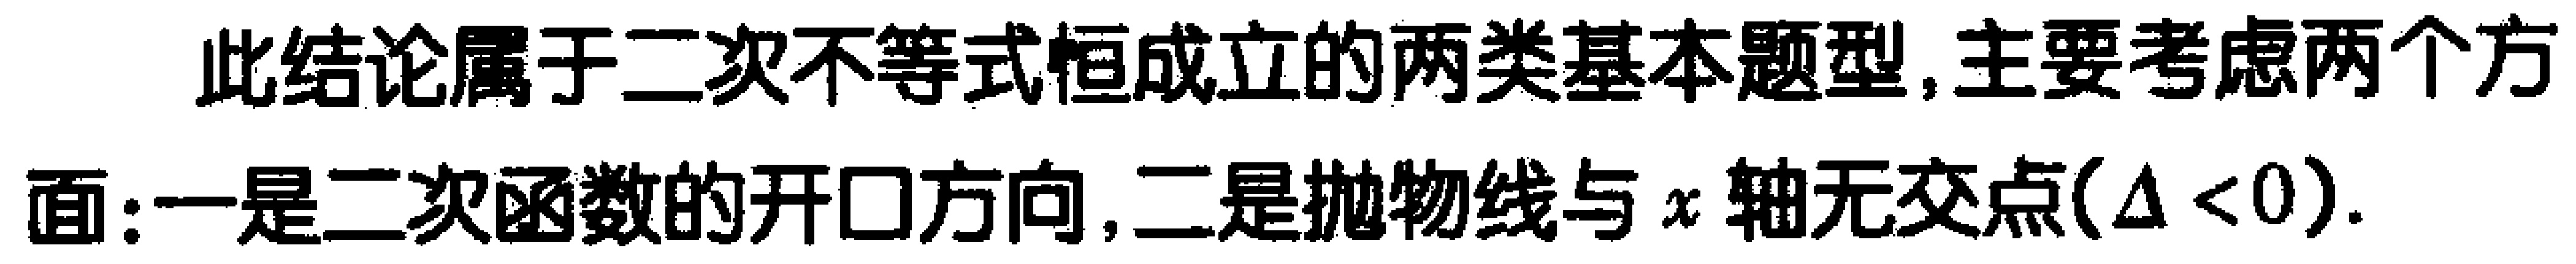
此结论属于二次不等式恒成立的两类基本题型,主要考虑两个方面:一是二次函数的开口方向,二是抛物线与\(x\)轴无交点(\(\Delta <0\)).